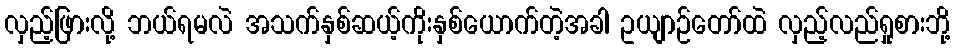
လှည့်ဖြားလို့ ဘယ်ရမလဲ အသက်နှစ်ဆယ့်ကိုးနှစ်ယောက်တဲ့အခါ ဥယျာဉ်တော်ထဲ လှည့်လည်ရှုစားဘို့